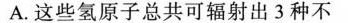
A.这些氢原子总共可辐射出3种不